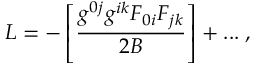
{ \cal L } = - \left[ \frac { g ^ { 0 j } g ^ { i k } F _ { 0 i } F _ { j k } } { 2 B } \right] + . . . \; ,